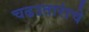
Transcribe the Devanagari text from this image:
चढउतारांचे